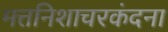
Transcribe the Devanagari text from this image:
मत्तनिशाचरकंदना